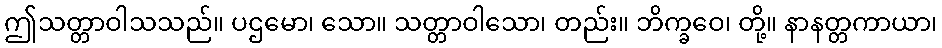
ဤသတ္တာဝါသသည်။ ပဌမော၊ သော။ သတ္တာဝါသော၊ တည်း။ ဘိက္ခဝေ၊ တို့။ နာနတ္တကာယာ၊